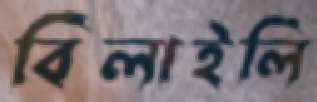
বিলাইলি